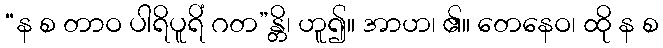
“န စ တာဝ ပါရိပူရိံ ဂတ”န္တိ၊ ဟူ၍။ အာဟ၊ ၏။ တေနေဝ၊ ထို န စ